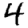
Digit: 4